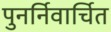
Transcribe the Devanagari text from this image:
पुनर्निवार्चित